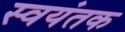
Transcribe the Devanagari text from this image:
स्‍वयंतक